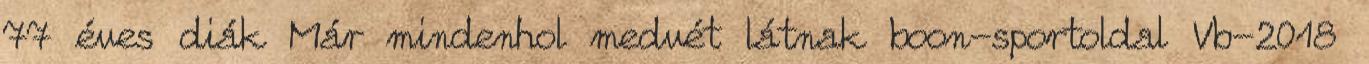
77 éves diák Már mindenhol medvét látnak boon-sportoldal Vb-2018